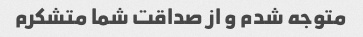
متوجه شدم و از صداقت شما متشکرم